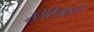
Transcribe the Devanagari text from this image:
स्टेरिलाइज